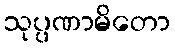
သုပ္ပဏာမိတော